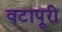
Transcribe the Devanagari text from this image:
वटापूरी